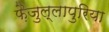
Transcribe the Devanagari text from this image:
फ़ैजुल्लापुरिया